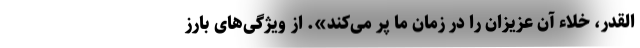
القدر، خلاء آن عزیزان را در زمان ما پر می‌کند». از ویژگی‌های بارز